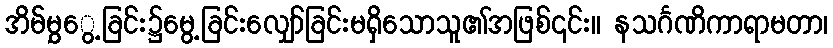
အိမ်မွှွေ့ခြင်း၌မွေ့ခြင်းလျှော်ခြင်းမရှိသောသူ၏အဖြစ်၎င်း။ နသင်္ဂဏိကာရာမတာ၊